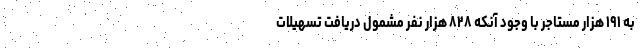
به ۱۹۱ هزار مستاجر با وجود آنکه ۸۲۸ هزار نفر مشمول دریافت تسهیلات